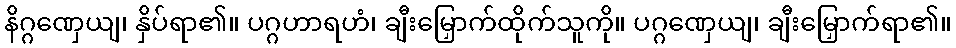
နိဂ္ဂဏှေယျ၊ နှိပ်ရာ၏။ ပဂ္ဂဟာရဟံ၊ ချီးမြှောက်ထိုက်သူကို။ ပဂ္ဂဏှေယျ၊ ချီးမြှောက်ရာ၏။